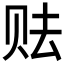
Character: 𱑥